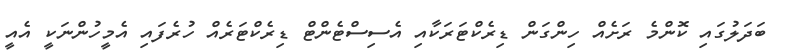
ބަދަލުގައި ކޮންމެ ރަށެއް ހިންގަން ޑިރެކްޓަރަކާއި އެސިސްޓެންޓް ޑިރެކްޓަރެއް ހުރެފައި އެމީހުންނަކީ އެއީ